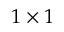
1 \times 1